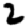
Digit: 2